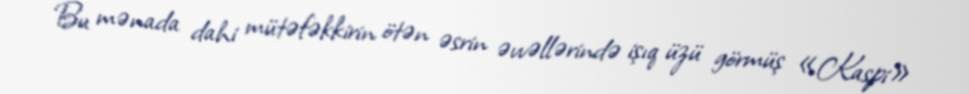
Bu mənada dahi mütəfəkkirin ötən əsrin əvvəllərində işıq üzü görmüş «Kaspi»